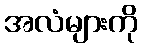
အလံများကို